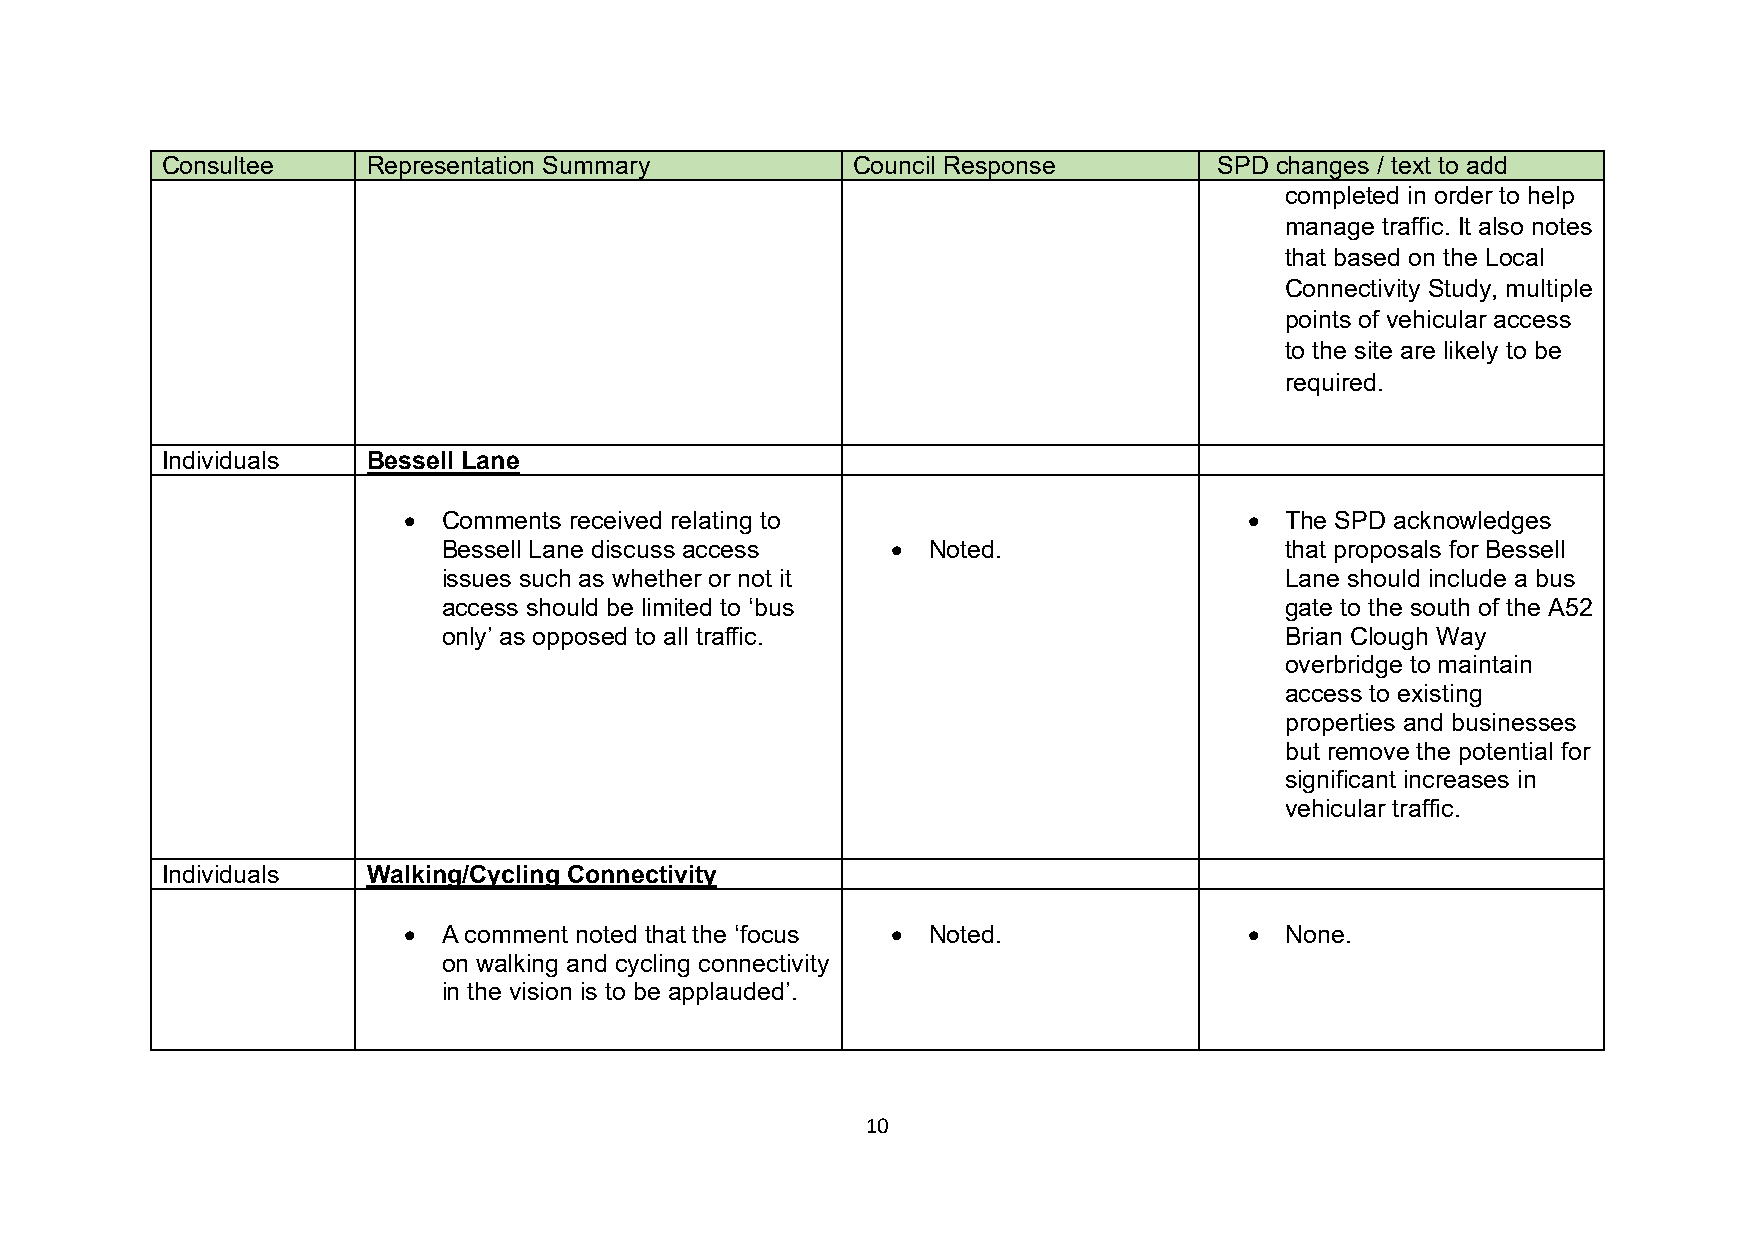
Consultee    Representation Summary          Council Response         SPD changes / text to add
 completed in order to help
 manage traffic. It also notes
 that based on the Local
 Connectivity Study, multiple
 points of vehicular access
 to the site are likely to be
 required.
 Individuals  Bessell Lane
 • Comments received relating to                         • The SPD acknowledges
 Bessell Lane discuss access   • Noted.                  that proposals for Bessell
 issues such as whether or not it                        Lane should include a bus
 access should be limited to ‘bus                        gate to the south of the A52
 only’ as opposed to all traffic.                        Brian Clough Way
 overbridge to maintain
 access to existing
 properties and businesses
 but remove the potential for
 significant increases in
 vehicular traffic.
 Individuals  Walking/Cycling Connectivity
 • A comment noted that the ‘focus • Noted.              • None.
 on walking and cycling connectivity
 in the vision is to be applauded’.
 10